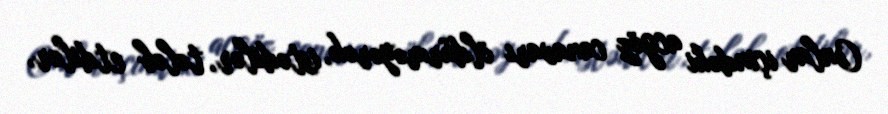
Onlar içindəki acgöz canavarı öldürməyərək, istədilər, tələb etdilər,